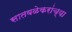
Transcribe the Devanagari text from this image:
सातवळेकरांच्या